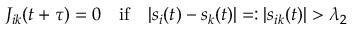
J _ { i k } ( t + \tau ) = 0 \quad \mathrm { i f } \quad | s _ { i } ( t ) - s _ { k } ( t ) | = : | s _ { i k } ( t ) | > \lambda _ { 2 }